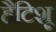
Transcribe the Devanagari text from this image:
हैटिशू